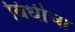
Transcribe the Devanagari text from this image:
विधीचा